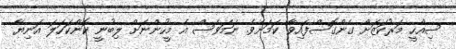
ސިއްހީ މަރުކަޒަށް ގެންގޮސްފައިވާ ކަމަށެވެ. ނަމަވެސް އެ މީހުންނަށް ލިބުނީ ކޮންކަހަލަ އަނިޔާ